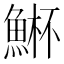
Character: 𮫾